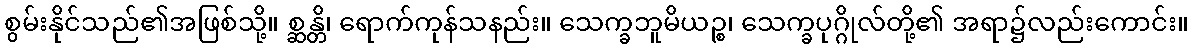
စွမ်းနိုင်သည်၏အဖြစ်သို့။ စ္ဆန္တိ၊ ရောက်ကုန်သနည်း။ သေက္ခဘူမိယဉ္စ၊ သေက္ခပုဂ္ဂိုလ်တို့၏ အရာ၌လည်းကောင်း။